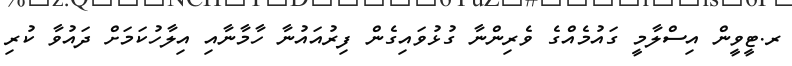
ރ.ޓީވީން އިސްލާމީ ގައުމެއްގެ ވެރިންނާ ގުޅުވައިގެން ފިރުއައުނާ ހާމާނާއި އިލާހުކަމަށް ދައުވާ ކުރި